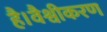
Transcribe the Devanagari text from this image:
है।वैश्वीकरण